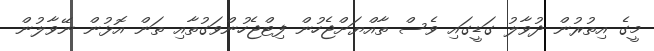
މީގެ އިތުރުން ދުވާލު ގަޑީގައި ވެސް ތާއްޔަށްޖެހުން ފިޓްޖެހުންވަގުތާއި ތަން އޮޅުން ނޭވާލުން